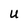
Character: U